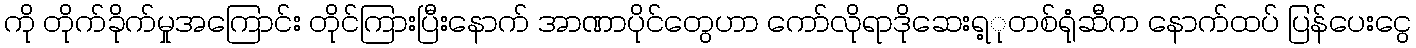
ကို တိုက်ခိုက်မှုအကြောင်း တိုင်ကြားပြီးနောက် အာဏာပိုင်တွေဟာ ကော်လိုရာဒိုဆေးရ့ုတစ်ရုံဆီက နောက်ထပ် ပြန်ပေးငွေ